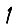
Digit: 1